Report on the working of the Ranchi Indian Mental Hospital, Kanke, in Bihar and Orissa - 1930-1940
Year: 1930
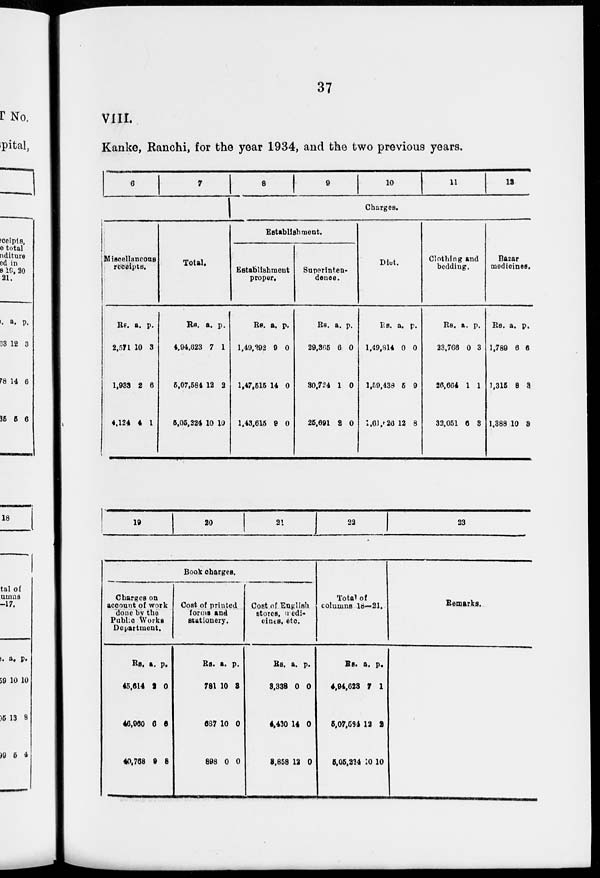
37
VIII.
Kanke, Ranchi, for the year 1934, and the two previous years.
6
7
8
9
10
11
12
Charges.
Miscellaneous
receipts.
Rs.
2,571
1,933
4,124
a.
10
2
4
p.
3
6
1
Total.
Rs.
4,94,623
5,07,584
5,05,224
a.
7
12
10
p.
1
2
10
Establishment.
Establishment
proper.
Rs.
1,49,292
1,47,515
1,43,615
a.
9
14
9
p.
0
0
0
Superinten-
dence.
Rs.
29,365
30,724
25,691
a.
6
1
2
p.
0
0
0
Diet.
Rs.
1,49,814
1,59,438
1,61,626
a.
0
5
12
p.
0
9
8
Clothing and
bedding.
Rs.
23,766
26,664
32,051
a.
0
1
6
p.
3
1
3
Bazar
medicines.
Rs.
1,789
1,315
1,388
a.
6
8
10
p.
5
3
3
19
20
21
Book charges.
Charges on
account of work
done by the
Public Works
Department.
Rs.
45,614
46,960
40,768
a.
2
6
9
p.
0
6
8
Cost of printed
forms and
stationery.
Rs.
781
687
898
a.
10
10
0
p.
3
0
0
Cost of English
stores, medi-
cines. etc.
Rs.
3,338
4,430
3,858
a.
0
14
12
p.
0
0
0
22
Total of
columns 18—21.
Rs.
4,94,623
5,07,594
5,05,224
a.
7
12
10
p.
1
2
10
23
Remarks.